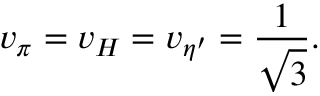
v _ { \pi } = v _ { H } = v _ { \eta ^ { \prime } } = { \frac { 1 } { \sqrt { 3 } } } .